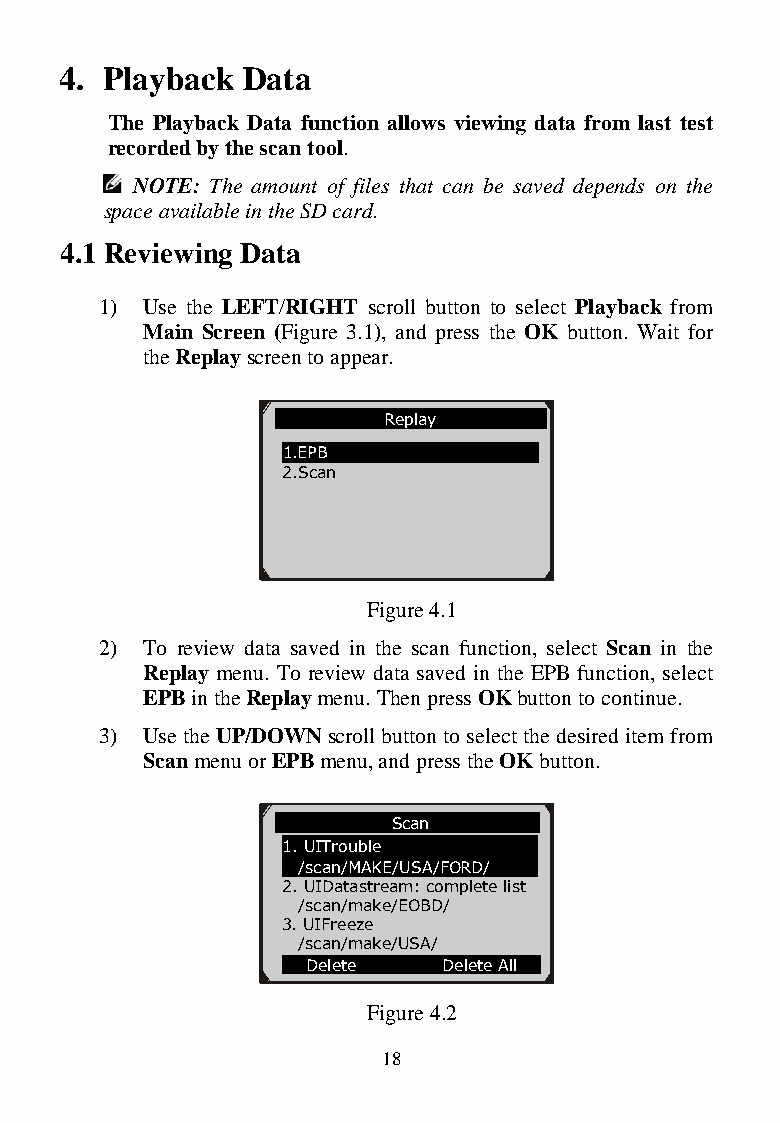
4. Playback Data
 The Playback Data function allows viewing data from last test
 recorded by the scan tool.
 NOTE: The amount of files that can be saved depends on the
 space available in the SD card.
 4.1 Reviewing Data
 1) Use the LEFT/RIGHT scroll button to select Playback from
 Main Screen (Figure 3.1), and press the OK button. Wait for
 the Replay screen to appear.
 Replay
 1.EPB
 2.Scan
 Figure 4.1
 2) To review data saved in the scan function, select Scan in the
 Replay menu. To review data saved in the EPB function, select
 EPB in the Replay menu. Then press OK button to continue.
 3) Use the UP/DOWN scroll button to select the desired item from
 Scan menu or EPB menu, and press the OK button.
 Scan
 1. UITrouble
 /scan/MAKE/USA/FORD/
 2. UIDatastream: complete list
 /scan/make/EOBD/
 3. UIFreeze
 /scan/make/USA/
 Delete   Delete All
 Figure 4.2
 18